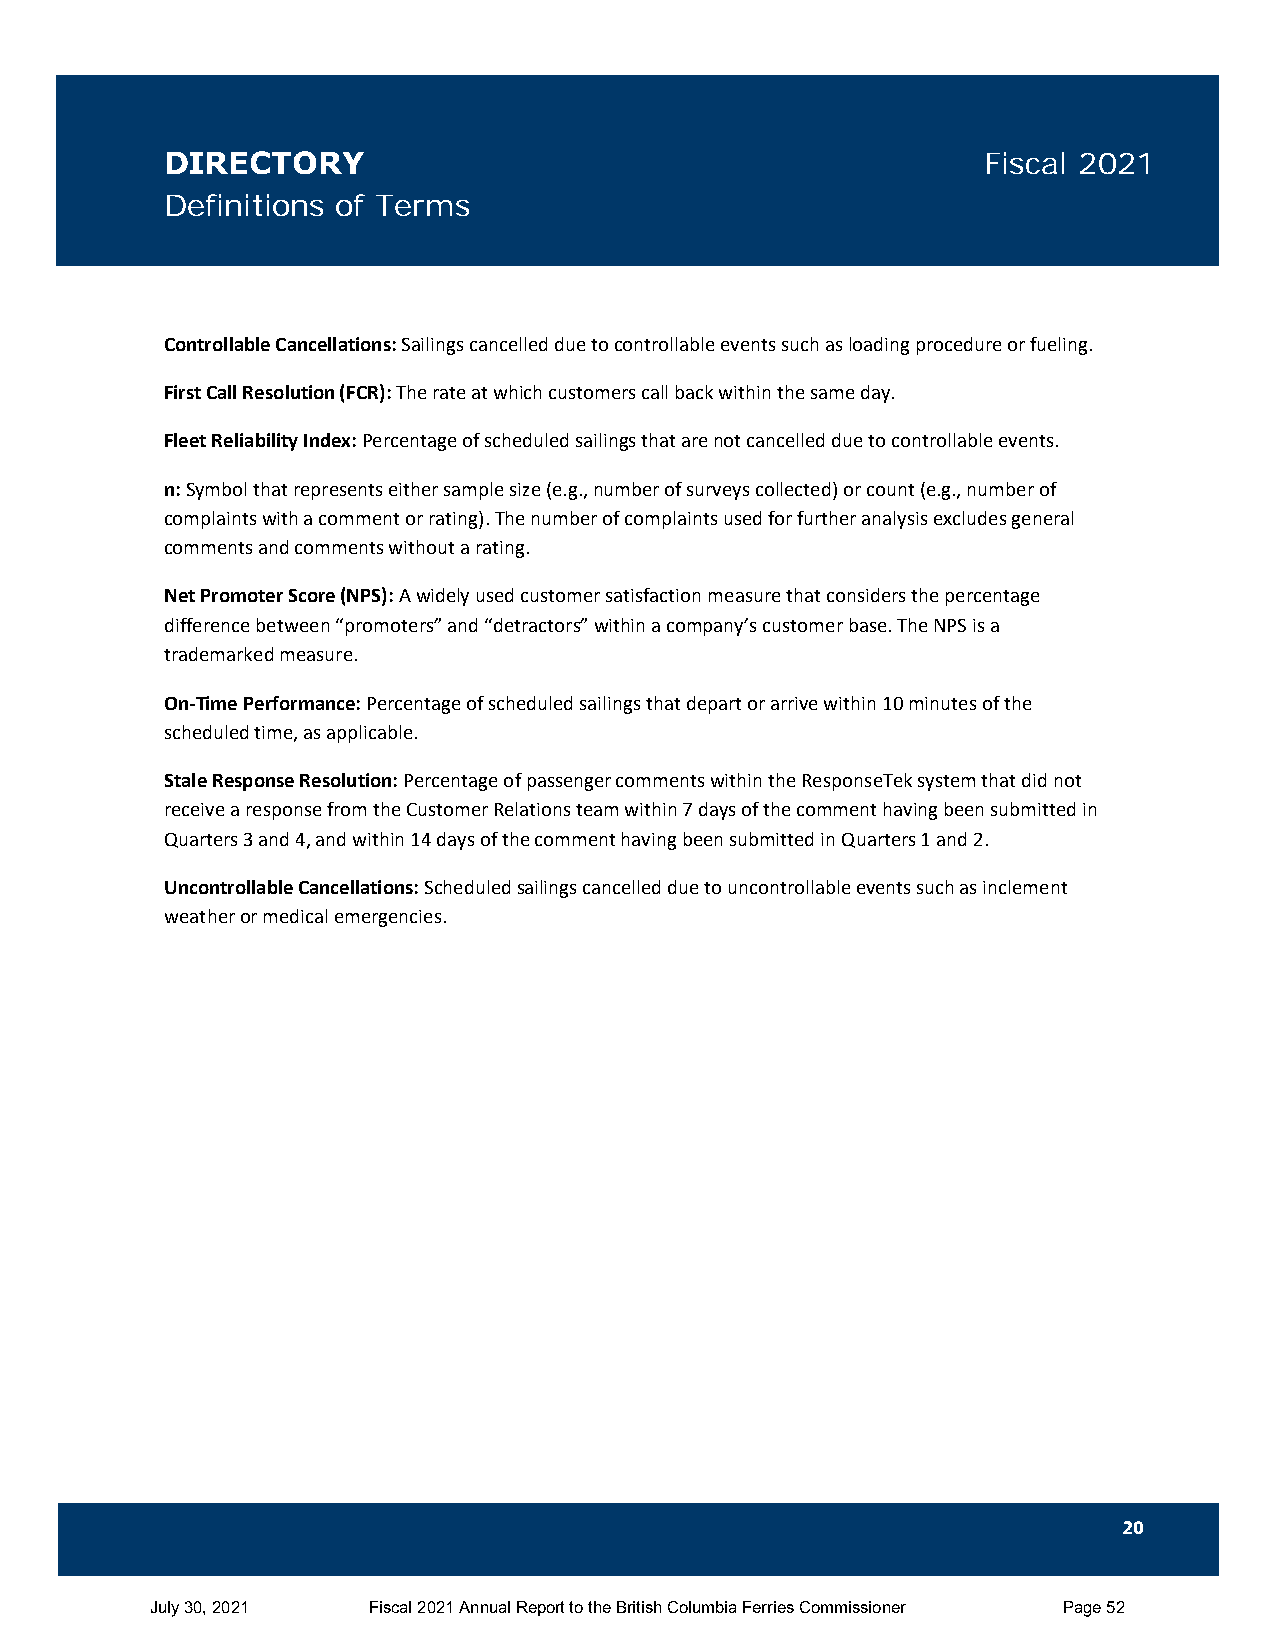
DIRECTORY                                             Fiscal 2021
 Definitions of Terms
 Controllable Cancellations: Sailings cancelled due to controllable events such as loading procedure or fueling.
 First Call Resolution (FCR): The rate at which customers call back within the same day.
 Fleet Reliability Index: Percentage of scheduled sailings that are not cancelled due to controllable events.
 n: Symbol that represents either sample size (e.g., number of surveys collected) or count (e.g., number of
 complaints with a comment or rating). The number of complaints used for further analysis excludes general
 comments and comments without a rating.
 Net Promoter Score (NPS): A widely used customer satisfaction measure that considers the percentage
 difference between “promoters” and “detractors” within a company’s customer base. The NPS is a
 trademarked measure.
 On-Time Performance: Percentage of scheduled sailings that depart or arrive within 10 minutes of the
 scheduled time, as applicable.
 Stale Response Resolution: Percentage of passenger comments within the ResponseTek system that did not
 receive a response from the Customer Relations team within 7 days of the comment having been submitted in
 Quarters 3 and 4, and within 14 days of the comment having been submitted in Quarters 1 and 2.
 Uncontrollable Cancellations: Scheduled sailings cancelled due to uncontrollable events such as inclement
 weather or medical emergencies.
 20
 July 30, 2021 Fiscal 2021 Annual Report to the British Columbia Ferries Commissioner Page 52